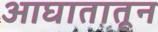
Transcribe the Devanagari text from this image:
आघातातून